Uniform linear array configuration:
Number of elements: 64
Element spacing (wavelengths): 0.5
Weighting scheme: binomial
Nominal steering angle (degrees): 60
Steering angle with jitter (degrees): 61.345
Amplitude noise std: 0.05
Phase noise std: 0.05

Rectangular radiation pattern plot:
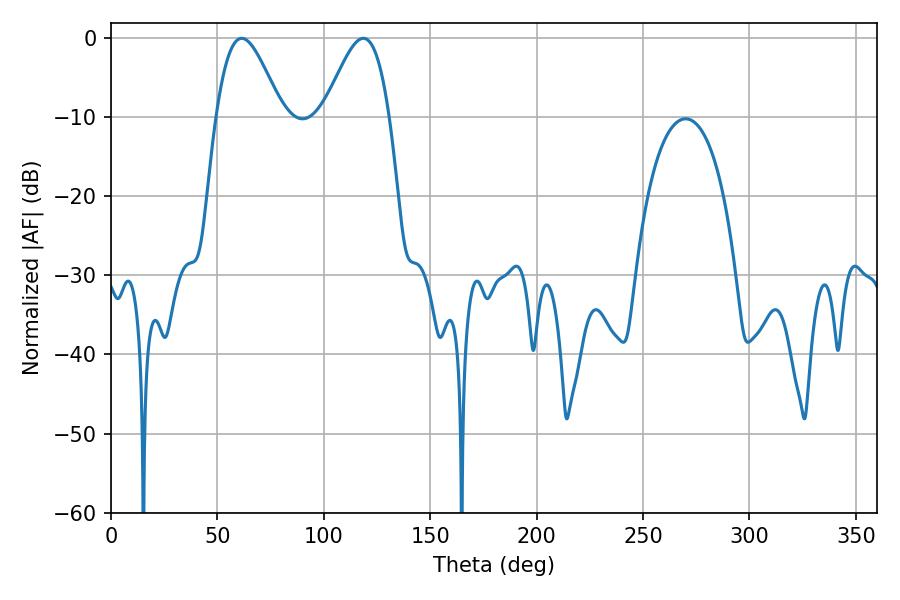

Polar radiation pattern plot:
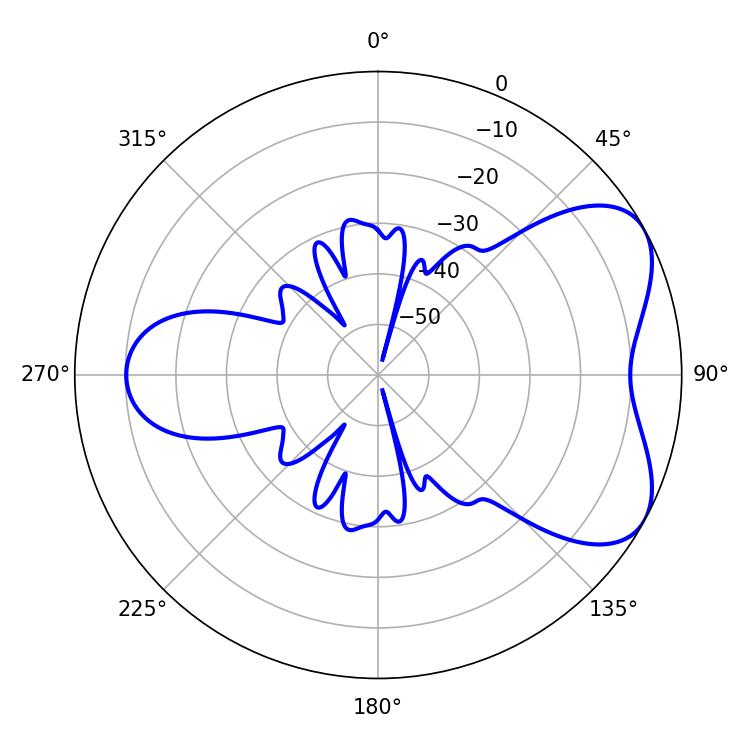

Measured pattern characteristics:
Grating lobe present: FALSE
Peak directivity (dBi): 5.606
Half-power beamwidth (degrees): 16.38
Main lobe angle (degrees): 61.38